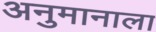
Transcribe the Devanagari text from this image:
अनुमानाला